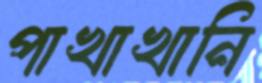
পাখাখানি